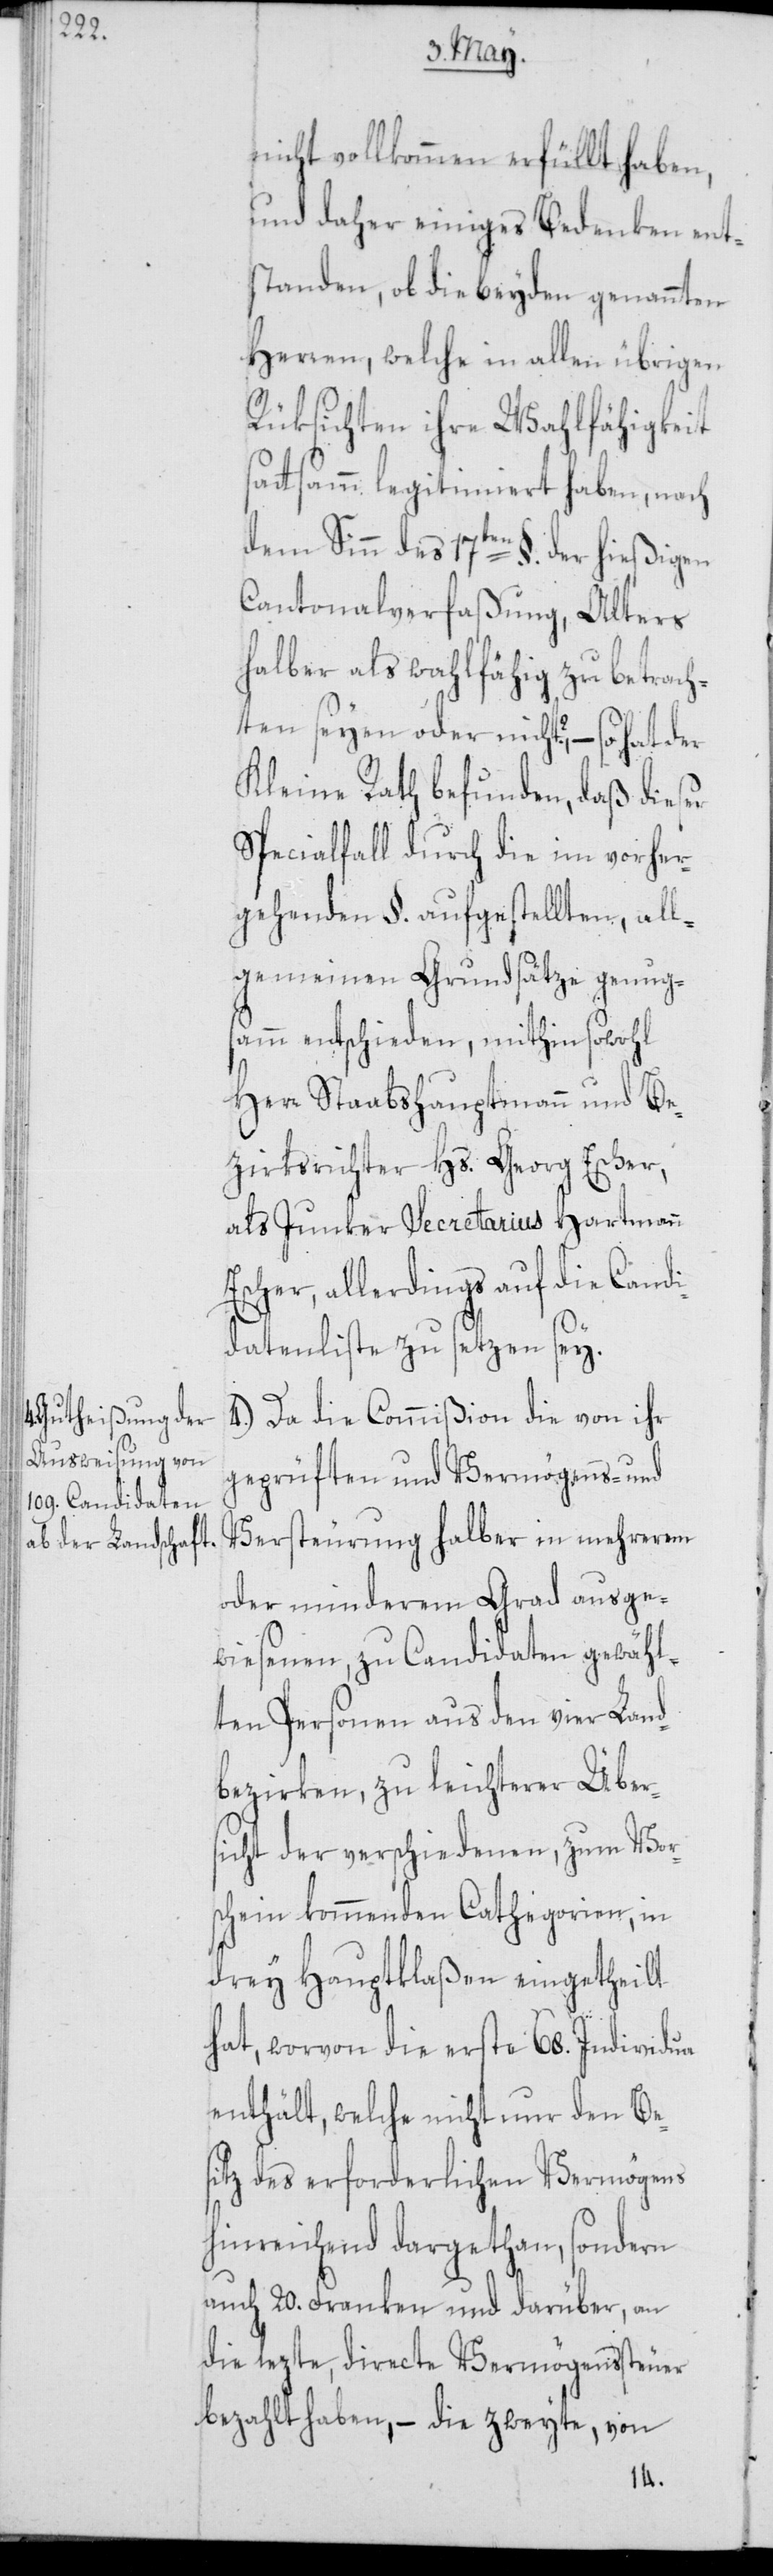
nicht vollkommen erfüllt haben,
und daher einiges Bedenken ent¬
standen, ob die beyden genannten
Herren, welche in allen übrigen
Rüksichten ihre Wahlfähigkeit
ttsamm legitimiert haben, nach
dem Sinn des 17ten §. der hießigen
Cantonalverfaßung, Alters
halber als wahlfähig zu betrach¬
ten seyen oder nicht?, – so hat der
Kleine Rath befunden, daß dieser
Specialfall durch die im vorher¬
gehenden §. aufgestellten, all¬
gemeinen Grundsätze genug¬
samm entschieden, mithin sowohl
Herr Staabshauptmann und Be¬
zirksrichter Hs. Georg Escher,
als Junker Secretarius Hartmann
Escher, allerdings auf die Candi¬
datenliste zu setzen sey.
4.) Da die Commißion die von ihr
geprüften und Vermögens- und
Versteurung halber in mehrerem
oder minderem Grad ausge¬
wiesenen, zu Candidaten gewähl¬
ten Personen aus den vier Land¬
bezirken, zu leichterer Über¬
sicht der verschiedenen, zum Vor¬
schein kommenden Cathegorien, in
drey Hauptklaßen eingetheilt
hat, worvon die erste 68. Individua
enthält, welche nicht nur den Bes¬
itz des erforderlichen Vermögens
hinreichend dargethan, sondern
auch 20. Franken und darüber, an
die lezte, directe Vermögenssteuer
bezahlt haben, – die zweyte, von
sa¬